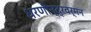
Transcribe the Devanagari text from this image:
धरणीन्द्रवर्मन